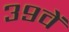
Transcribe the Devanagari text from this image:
३९वें